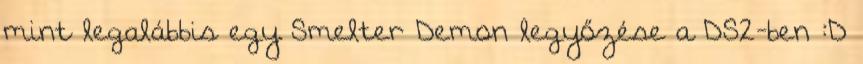
mint legalábbis egy Smelter Demon legyőzése a DS2-ben :D